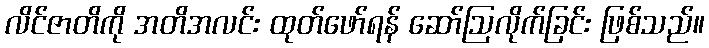
လိင်ဇာတိကို အတိအလင်း ထုတ်ဖော်ရန် ဆော်ဩလိုက်ခြင်း ဖြစ်သည်။